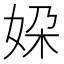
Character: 㛆